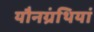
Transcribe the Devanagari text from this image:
यौनग्रंथियां